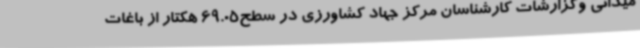
میدانی وگزارشات کارشناسان مرکز جهاد کشاورزی در سطح69.05 هکتار از باغات